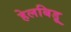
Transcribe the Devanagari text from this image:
हेलबिड़ू